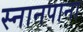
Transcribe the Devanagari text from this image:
स्नानपाना